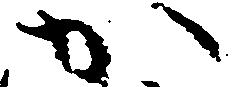
か